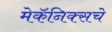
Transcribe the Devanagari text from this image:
मेकॅनिक्सचे